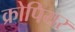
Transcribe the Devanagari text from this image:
क्रोपियर